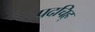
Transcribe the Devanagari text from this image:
पदचिह्